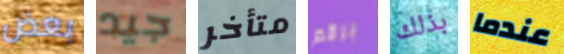
بعض جيد متأخر برقم بذلك عندما